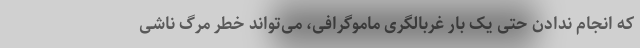
که انجام ندادن حتی یک بار غربالگری ماموگرافی، می‌تواند خطر مرگ ناشی